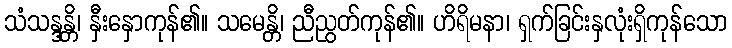
သံသန္ဒန္တိ၊ နှီးနှောကုန်၏။ သမေန္တိ၊ ညီညွတ်ကုန်၏။ ဟိရိမနာ၊ ရှက်ခြင်းနှလုံးရှိကုန်သော